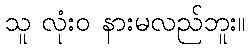
သူ လုံးဝ နားမလည်ဘူး။